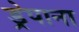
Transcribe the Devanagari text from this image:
ड्रेपाना